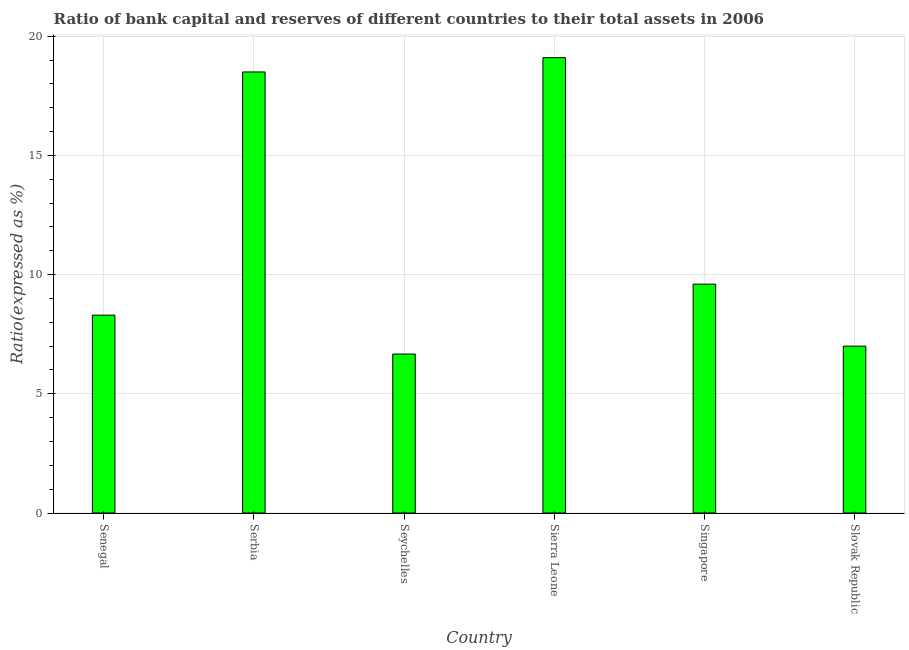
| Country | Bank capital to assets ratio |
 | --- | --- |
 | Senegal | 8.3 |
 | Serbia | 18.5 |
 | Seychelles | 6.67 |
 | Sierra Leone | 19.1 |
 | Singapore | 9.6 |
 | Slovak Republic | 7 |